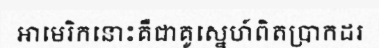
អាមេរិកនោះគឺជាគូស្នេហ៍ពិតប្រាកដរ